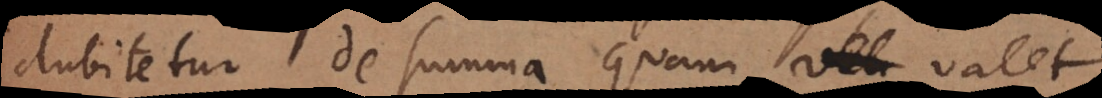
dubitetur de summa quam valet